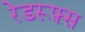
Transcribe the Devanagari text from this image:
रेडरूफ़्स